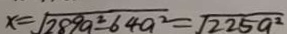
x = \sqrt { 2 8 9 a ^ { 2 } - 6 4 a ^ { 2 } } = \sqrt { 2 2 5 a ^ { 2 } }